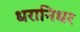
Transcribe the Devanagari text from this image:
धरानिधर